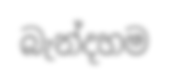
බැන්දහම